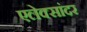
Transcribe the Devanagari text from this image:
एलेक्सांदर